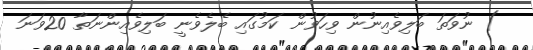
) ނުވަތަ ބަލިވެއިނުން ވިހަވުން ކަމުގައި ބެލެވެނީ ބަލިވެއިންނަތާ 20ވަނަ